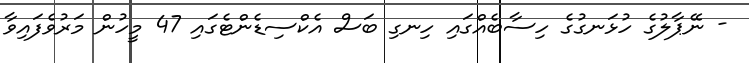
- ނޭޕާލުގެ ހުޅަނގުގެ ހިސާބެއްގައި ހިނގި ބަސް އެކްސިޑެންޓެގައި 47 މީހުން މަރުވެފައިވާ